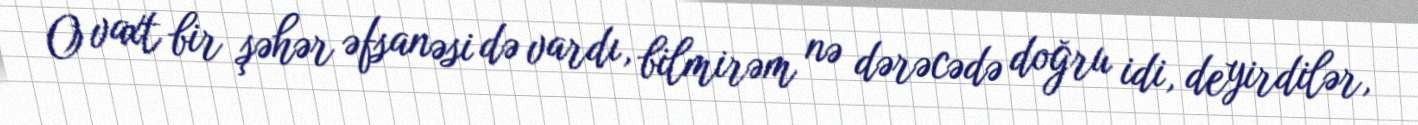
O vaxt bir şəhər əfsanəsi də vardı, bilmirəm nə dərəcədə doğru idi, deyirdilər,